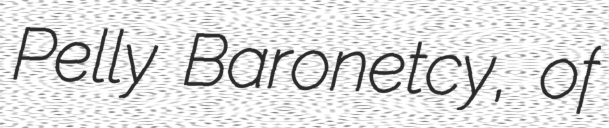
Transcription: Pelly Baronetcy, of